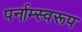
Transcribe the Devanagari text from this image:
पर्नाम्स्वरूप